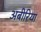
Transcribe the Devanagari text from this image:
अबीरिया